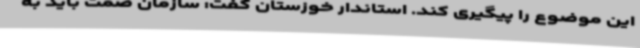
این موضوع را پیگیری کند. استاندار خوزستان گفت: سازمان صمت باید به